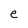
Character: e